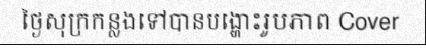
ថ្ងៃសុក្រកន្លងទៅបានបង្ហោះរូបភាព Cover